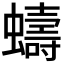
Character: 𫋤